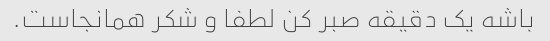
باشه یک دقیقه صبر کن لطفا و شکر همانجاست.